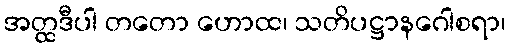
အတ္ထဒီပါ တတော ဟောထ၊ သတိပဋ္ဌာနဂေါစရာ၊